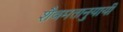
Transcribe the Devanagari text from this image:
शैवमतानुयायी